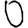
Digit: 0